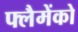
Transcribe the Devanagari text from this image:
फ्लैमेंको